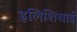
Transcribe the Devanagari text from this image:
इलिशियाई